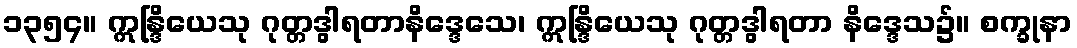
၁၃၅၄။ ဣန္ဒြိယေသု ဂုတ္တဒွါရတာနိဒ္ဒေသေ၊ ဣန္ဒြိယေသု ဂုတ္တဒွါရတာ နိဒ္ဒေသ၌။ စက္ခုနာ